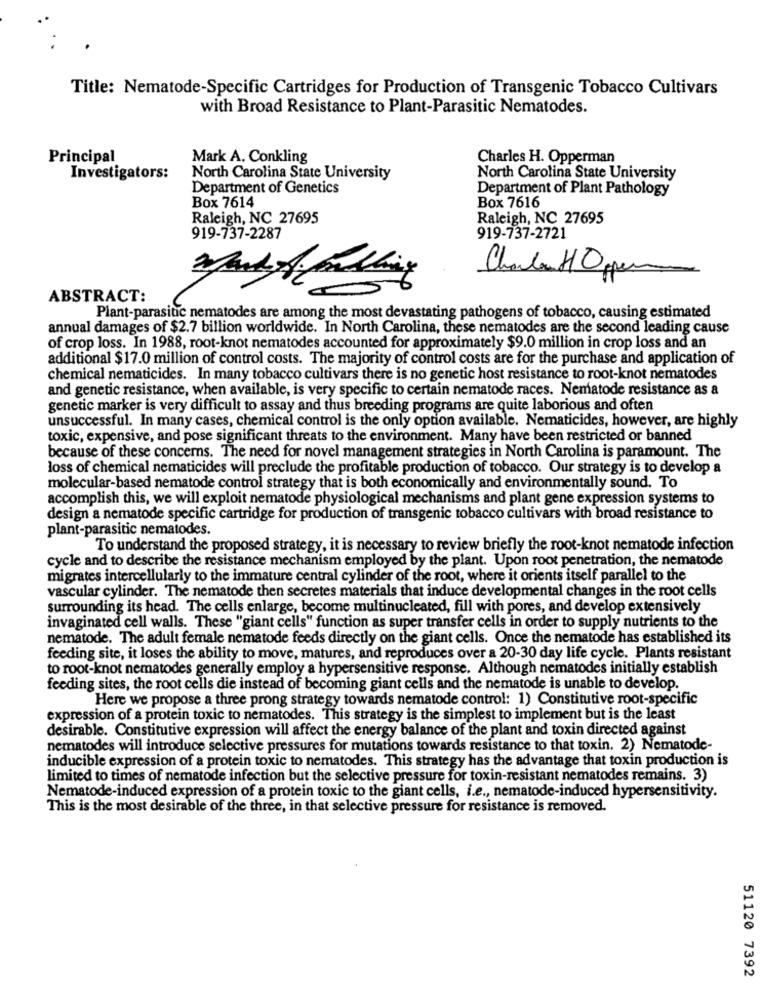
Title: Nematode-Specific Cartridges for Production of Transgenic Tobacco Cultivars
with Broad Resistance to Plant-Parasitic Nematodes.
Principal
Mark A. Conkling
Charles H. Opperman
Investigators:
North Carolina State University
North Carolina State University
Department of Genetics
Department of Plant Pathology
Box 7616
Box 7614
Raleigh, NC 27695
Raleigh, NC 27695
919-737-2287
919-737-2721
Charla HOper
ABSTRACT:
Plant-parasitic nematodes are among the most devastating pathogens of tobacco, causing estimated
annual damages of $2.7 billion worldwide. In North Carolina, these nematodes are the second leading cause
of crop loss. In 1988, root-knot nematodes accounted for approximately $9.0 million in crop loss and an
additional $17.0 million of control costs. The majority of control costs are for the purchase and application of
chemical nematicides. In many tobacco cultivars there is no genetic host resistance to root-knot nematodes
and genetic resistance, when available, is very specific to certain nematode races. Nematode resistance as a
genetic marker is very difficult to assay and thus breeding programs are quite laborious and often
unsuccessful. In many cases, chemical control is the only option available. Nematicides, however, are highly
toxic, expensive, and pose significant threats to the environment. Many have been restricted or banned
because of these concerns. The need for novel management strategies in North Carolina is paramount. The
loss of chemical nematicides will preclude the profitable production of tobacco. Our strategy is to develop a
molecular-based nematode control strategy that is both economically and environmentally sound. To
accomplish this, we will exploit nematode physiological mechanisms and plant gene expression systems to
design a nematode specific cartridge for production of transgenic tobacco cultivars with broad resistance to
plant-parasitic nematodes.
To understand the proposed strategy, it is necessary to review briefly the root-knot nematode infection
cycle and to describe the resistance mechanism employed by the plant. Upon root penetration, the nematode
migrates intercellularly to the immature central cylinder of the root, where it orients itself parallel to the
vascular cylinder. The nematode then secretes materials that induce developmental changes in the root cells
surrounding its head. The cells enlarge, become multinucleated, fill with pores, and develop extensively
invaginated cell walls. These "giant cells" function as super transfer cells in order to supply nutrients to the
nematode. The adult female nematode feeds directly on the giant cells. Once the nematode has established its
feeding site, it loses the ability to move, matures, and reproduces over a 20-30 day life cycle. Plants resistant
to root-knot nematodes generally employ a hypersensitive response. Although nematodes initially establish
feeding sites, the root cells die instead of becoming giant cells and the nematode is unable to develop.
Here we propose a three prong strategy towards nematode control: 1) Constitutive root-specific
expression of a protein toxic to nematodes. This strategy is the simplest to implement but is the least
desirable. Constitutive expression will affect the energy balance of the plant and toxin directed against
nematodes will introduce selective pressures for mutations towards resistance to that toxin. 2) Nematode-
inducible expression of a protein toxic to nematodes. This strategy has the advantage that toxin production is
limited to times of nematode infection but the selective pressure for toxin-resistant nematodes remains. 3)
Nematode-induced expression of a protein toxic to the giant cells, i.e ., nematode-induced hypersensitivity.
This is the most desirable of the three, in that selective pressure for resistance is removed.
51120 7392